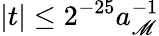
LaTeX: |t|\leq2^{-25}a_{\mathscr{M}}^{-1}